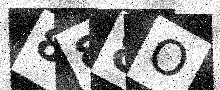
Text: 888O